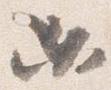
必